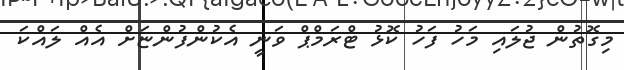
މިގޮތުން ޖުލައި މަހު ފަހު ކޮޅު ޓްރަމްޕް ވަނީ އެކުންފުންޏަށް އެއް ލައްކަ